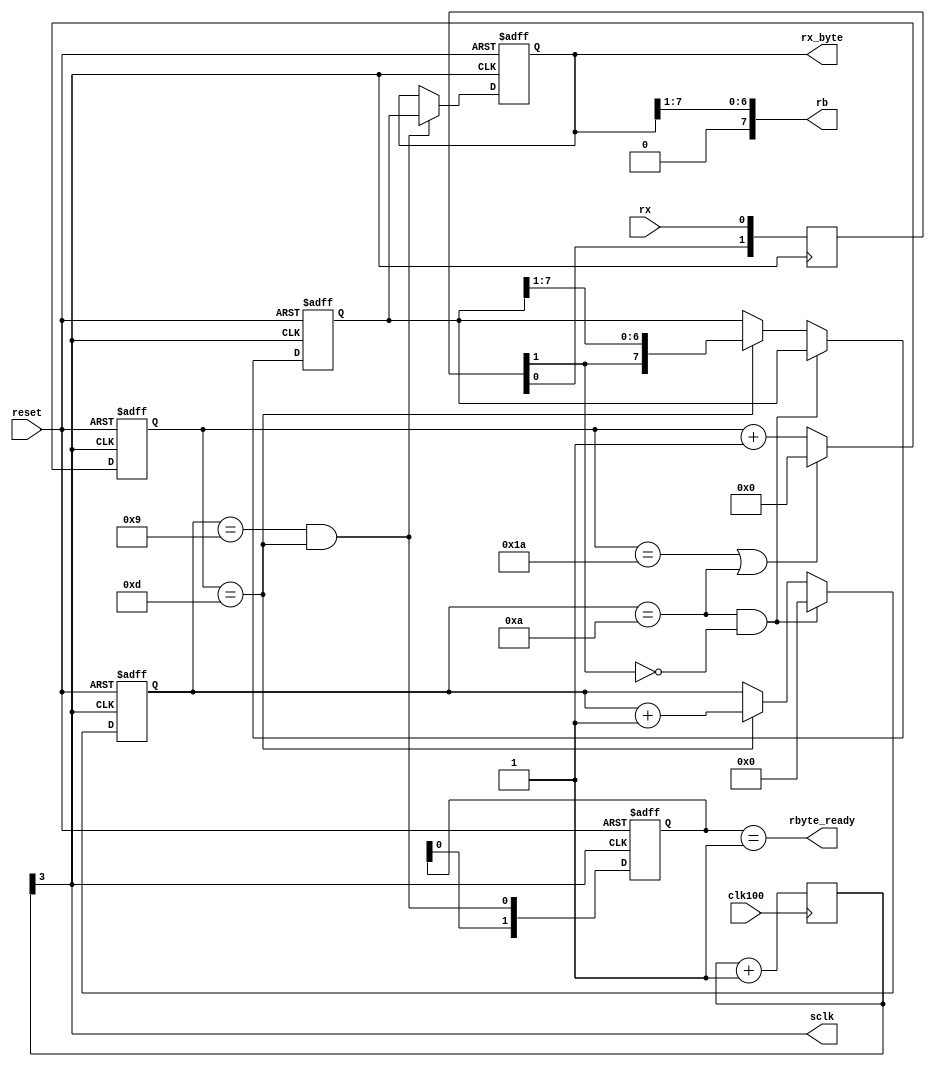
module serial(
	input wire reset,
	input wire clk100,	//100MHz
	input wire rx,
	output reg [7:0]rx_byte,
	output reg rbyte_ready,
	output wire [7:0]rb,
	output wire sclk
	);

parameter RCONST = 26; //230400

//reduce operating frequency
reg [3:0]div;
always @(posedge clk100)
	div <= div + 1'b1;

assign sclk = div[3];

assign rb = {1'b0,rx_byte[7:1]};

reg [1:0]shr;
always @(posedge sclk)
	shr <= {shr[0],rx};
wire rxf; assign rxf = shr[1];

reg [5:0]cnt;

always @(posedge sclk or posedge reset)
begin
	if(reset)
		cnt <= 0;
	else
	begin
		if(cnt == RCONST || num_bits==10)
			cnt <= 0;
		else
			cnt <= cnt + 1'b1;
	end
end

reg [3:0]num_bits;
reg [7:0]shift_reg;

always @(posedge sclk or posedge reset)
begin
	if(reset)
	begin
		num_bits <= 0;
		shift_reg <= 0;
	end
	else
	begin
		if(num_bits==10 && rxf==1'b0)
			num_bits <= 0;
		else
		
		if( cnt == RCONST/2 )
		begin
			shift_reg <= {rxf,shift_reg[7:1]};
			num_bits <= num_bits + 1'b1;
		end
	end
end

wire eorecv; assign eorecv = (num_bits==9 && cnt == RCONST/2);
always @(posedge sclk or posedge reset)
	if(reset)
	begin
		rx_byte <= 0;
	end
	else
	begin	
	if(eorecv)
		rx_byte <= shift_reg[7:0];
	end

reg [1:0]flag;
always @(posedge sclk or posedge reset)
	if(reset)
		flag <= 2'b00;
	else
		flag <= {flag[0],eorecv};

always @*
	rbyte_ready = (flag==2'b01);
	
endmodule